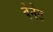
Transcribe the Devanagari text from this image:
वेनेट